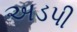
અડપી